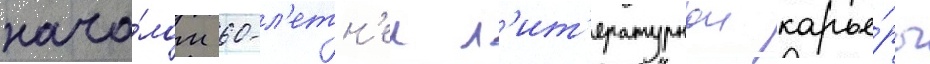
нача́лом 60-л'етн'еи л'ит'ературнои карье́ры